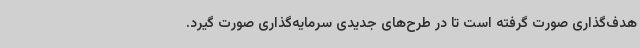
هدف‌گذاری صورت گرفته است تا در طرح‌های جدیدی سرمایه‌گذاری صورت گیرد.